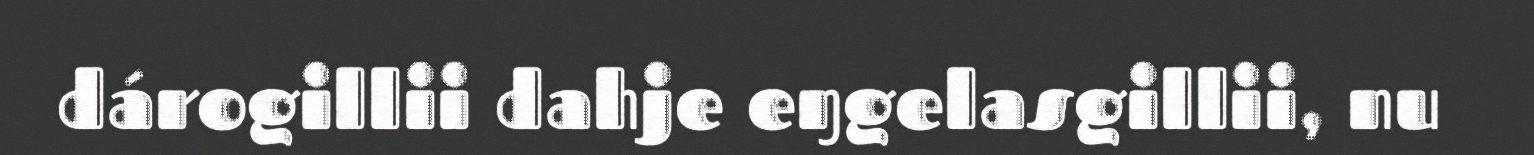
dárogillii dahje eŋgelasgillii, nu